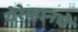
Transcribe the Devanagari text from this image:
येरेव्हानचे